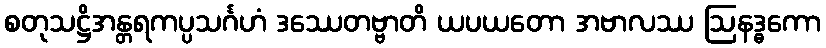
စတုသဋ္ဌိအန္တရကပ္ပသင်္ဂဟံ ဒဿေတဗ္ဗာတိ ယပယတော အဗာလဿ ဩနဒ္ဓကော